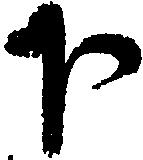
下